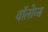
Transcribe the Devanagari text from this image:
वॉलोय्स